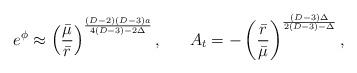
LaTeX: \begin{align*}e^{\phi}\approx\left({\bar{\mu}\over\bar{r}}\right)^{{(D-2)(D-3)a}\over{4(D-3)-2\Delta}},\ \ \ \ \ A_t=-\left({\bar{r}\over\bar{\mu}}\right)^{{(D-3)\Delta}\over{2(D-3)-\Delta}},\end{align*}